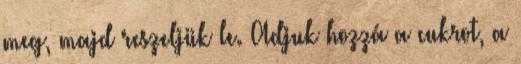
meg, majd reszeljük le. Adjuk hozzá a cukrot, a